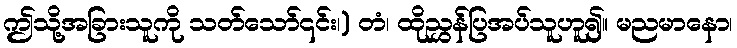
ဤသို့အခြားသူကို သတ်သော်၎င်း၊) တံ၊ ထိုညွှန်ပြအပ်သူဟူ၍။ မညမာနော၊